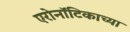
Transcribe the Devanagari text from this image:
एरोनॉटिकाच्या